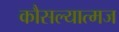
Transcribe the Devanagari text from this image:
कौसल्यात्मज